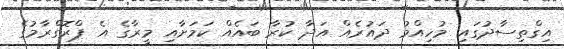
އިގްތިސާދުގައި މުހިއްމު ދައުރެއް އަދާ ކުރާ ބައެއް ކަމަށާއި މީރާގެ އެ ޕްރޮގްރާމުގެ